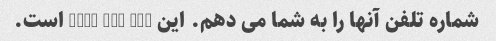
شماره تلفن آنها را به شما می دهم. این 601 789 5634 است.